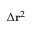
\Delta \mathbf { r } ^ { 2 }